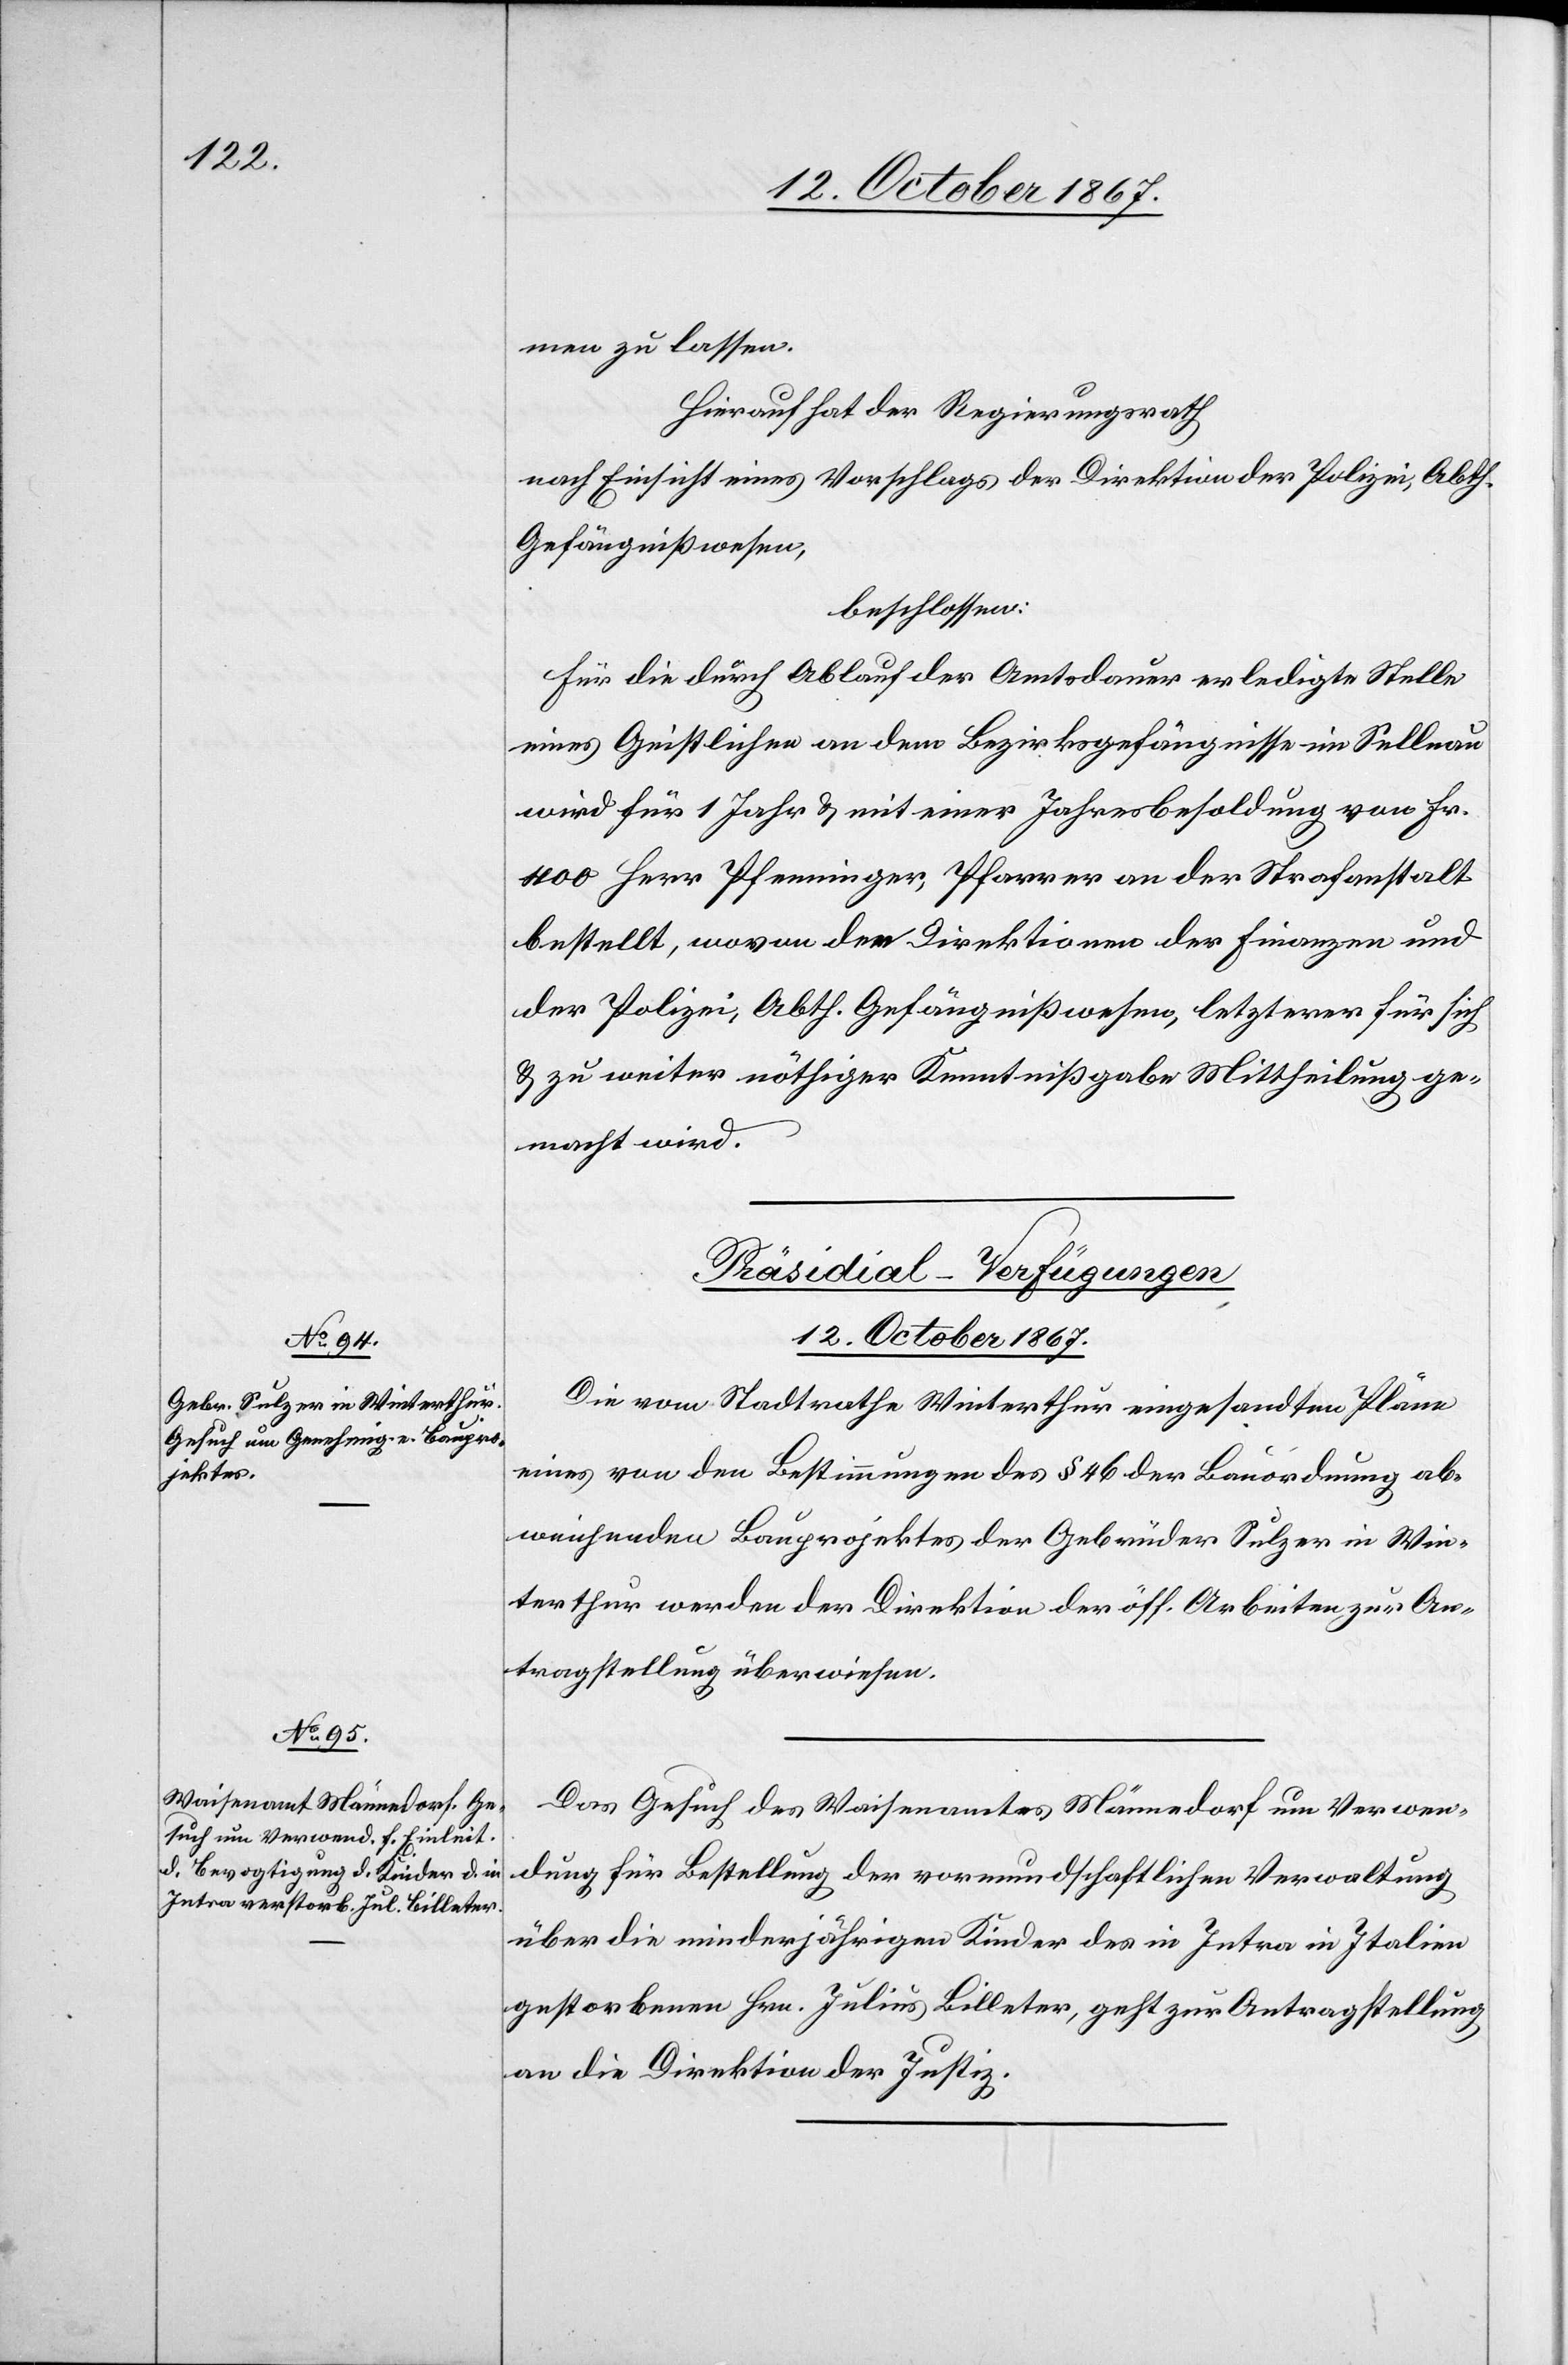
men zu lassen.
Hierauf hat der Regierungsrath,
nach Einsicht eines Antrages der Direktion der Polizei, Abth.
Gefängnißwesen,
beschlossen:
Für die durch Ablauf der Amtsdauer erledigte Stelle
eines Geistlichen an dem Bezirksgefängniß im Sellnau
wird für 1 Jahr u. mit einer Jahresbesoldung von Fr.
400 Herr Pfenninger, Pfarrer an der Strafanstalt
bestellt, wovon den Direktionen der Finanzen und
der Polizei, Abth. Gefängnißwesen, letzterer für sich
u. zu weiter nöthiger Kenntnißgabe Mittheilung ge¬
macht wird.
[Präsidial-Verfügungen.
12. October 1867.]
Die vom Stadtrathe Winterthur eingesandten Pläne
eines von den Bestimmungen des § 46 der Bauordnung ab¬
weichenden Bauprojektes der Gebrüder Sulzer in Win¬
terthur werden der Direktion der öff. Arbeiten zur An¬
tragstellung überwiesen.
Das Gesuch des Waisenamtes Männedorf um Verwen¬
dung für Bestellung der vormundschaftlichen Verwaltung
über die minderjährigen Kinder des in Intra in Italien
gestorbenen Hrn. Julius Billeter, geht zur Antragstellung
an die Direktion der Justiz.